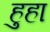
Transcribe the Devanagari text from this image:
हुहा